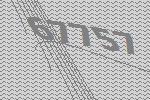
67757